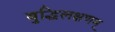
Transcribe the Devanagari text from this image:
बुद्धिलक्षणम्‌